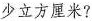
少立方厘米?